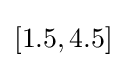
[1.5,4.5]